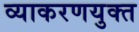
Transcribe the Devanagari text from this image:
व्याकरणयुक्त